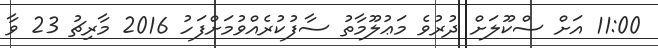
11:00 އަށް ސްކޫލަށް ދުރުވެ މަޢުލޫމާތު ސާފުކުރެއްވުމަށްފަހު 2016 މާރިޗު 23 ވާ